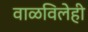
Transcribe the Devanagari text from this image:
वाळविलेही